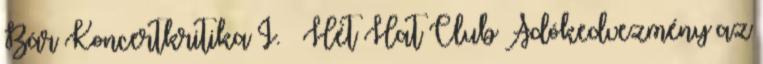
Bár Koncertkritika I. – Hét Hat Club Adókedvezmény az